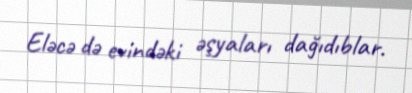
Eləcə də evindəki əşyaları dağıdıblar.